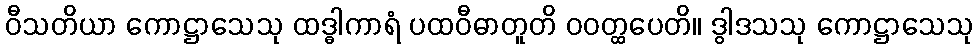
ဝီသတိယာ ကောဋ္ဌာသေသု ထဒ္ဓါကာရံ ပထဝီဓာတူတိ ဝဝတ္ထပေတိ။ ဒွါဒသသု ကောဋ္ဌာသေသု